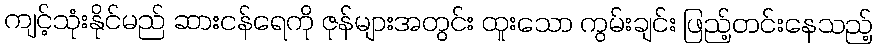
ကျင့်သုံးနိုင်မည် ဆားငန်ရေကို ဇုန်များအတွင်း ထူးသော ကွမ်းချင်း ဖြည့်တင်းနေသည့်